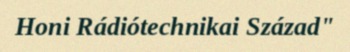
Honi Rádiótechnikai Század"